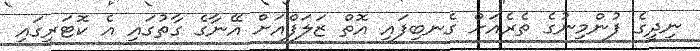
ނިދީގެ ފުންމިނުގެ ތެރެއަށް ގެނބިފައި އޮތް ޒަލަފްއަށް އޭނާގެ ގާތުގައި އެ ކޮޓަރީގައި